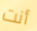
أنت